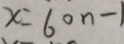
x = 6 0 n - 1